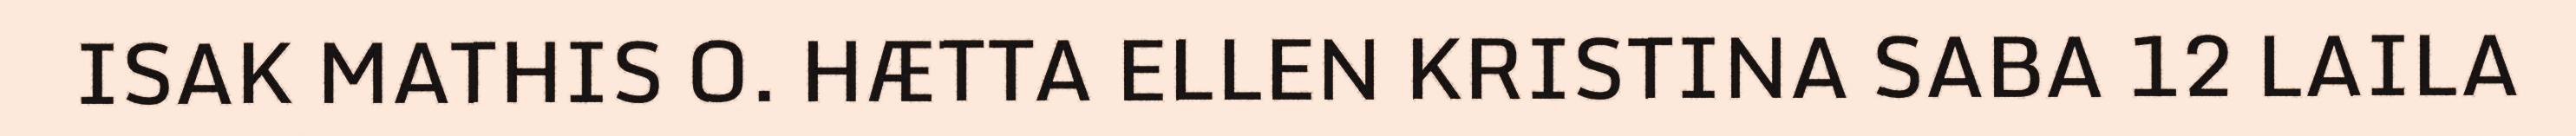
ISAK MATHIS O. HÆTTA ELLEN KRISTINA SABA 12 LAILA